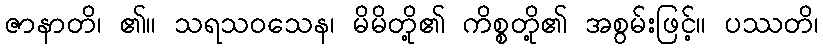
ဇာနာတိ၊ ၏။ သရသဝသေန၊ မိမိတို့၏ ကိစ္စတို့၏ အစွမ်းဖြင့်။ ပဿတိ၊